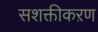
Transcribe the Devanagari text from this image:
सशक्तीकऱण